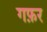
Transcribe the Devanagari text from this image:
गफ़र